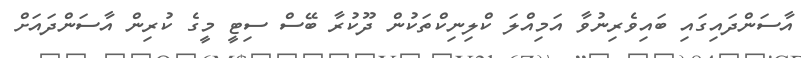
އާސަންދައިގައި ބައިވެރިނުވާ އަމިއްލަ ކްލިނިކްތަކުން ދޫކުރާ ބޭސް ސިޓީ މީގެ ކުރިން އާސަންދައަށް